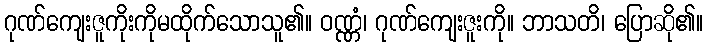
ဂုဏ်ကျေးဇူကိုးကိုမထိုက်သောသူ၏။ ဝဏ္ဏံ၊ ဂုဏ်ကျေးဇူးကို။ ဘာသတိ၊ ပြောဆို၏။